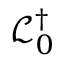
\mathcal { L } _ { 0 } ^ { \dag }